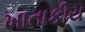
ખાતાકીય